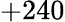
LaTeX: +240